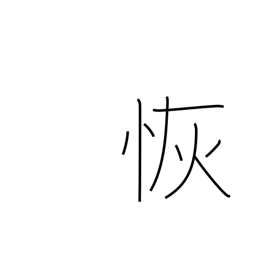
Meaning: wide